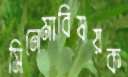
সিনেমাবিষয়ক